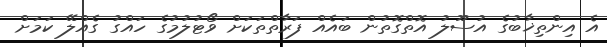
އެ އިންތިޚާބުގެ އުސޫލު އޮތްގޮތުން ބައެއް ފަރާތްތަކަށް ވޯޓުލުމުގެ ހައްގު ގެއްލޭ ކަމަށް